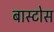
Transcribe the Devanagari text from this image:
बास्टोस